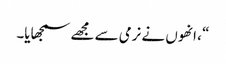
“ ، انھوں نے نرمی سے مجھے سمجھایا۔